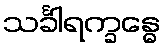
သင်္ခါရက္ခန္ဓေ